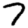
Digit: 7